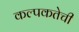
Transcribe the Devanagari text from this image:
कल्पकतेची